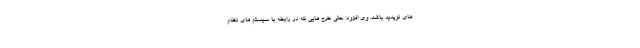
های نوپدید باشد. وی افزود: حتی طرح هایی که در رابطه با سیستم های نظام